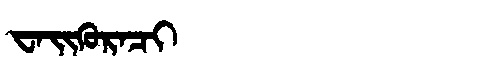
Manchu: ᠸᠠᡳᡴᡠᡵᠠᠴᡳ
Romanization: WAIKURACI